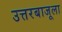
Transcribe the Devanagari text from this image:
उत्तरबाजूला